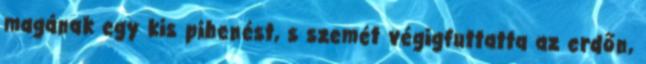
magának egy kis pihenést, s szemét végigfuttatta az erdőn,